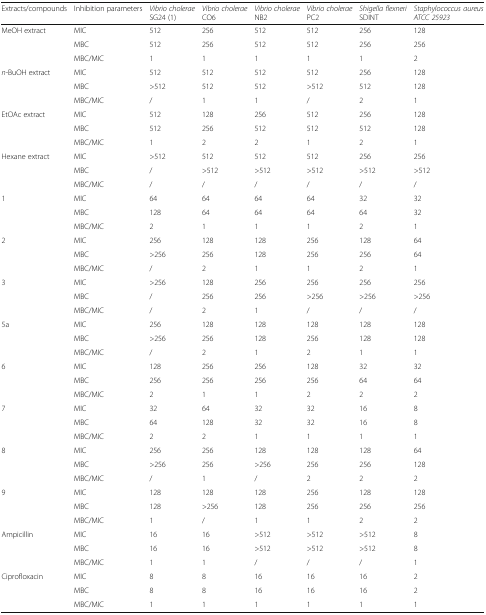
<table><thead><tr><td><b>Extracts/compounds</b></td><td><b>Inhibition parameters</b></td><td><b><i>Vibrio cholerae</i> SG24 (1)</b></td><td><b><i>Vibrio cholerae</i> CO6</b></td><td><b><i>Vibrio cholerae</i> NB2</b></td><td><b><i>Vibrio cholerae</i> PC2</b></td><td><b><i>Shigella flexneri</i> SDINT</b></td><td><b><i>Staphylococcus aureus ATCC 25923</i></b></td></tr></thead><tbody><tr><td rowspan="3">MeOH extract</td><td>MIC</td><td>512</td><td>256</td><td>512</td><td>512</td><td>256</td><td>128</td></tr><tr><td>MBC</td><td>512</td><td>256</td><td>512</td><td>512</td><td>256</td><td>256</td></tr><tr><td>MBC/MIC</td><td>1</td><td>1</td><td>1</td><td>1</td><td>1</td><td>2</td></tr><tr><td rowspan="3"><i>n</i>-BuOH extract</td><td>MIC</td><td>512</td><td>512</td><td>512</td><td>512</td><td>256</td><td>128</td></tr><tr><td>MBC</td><td>&gt;512</td><td>512</td><td>512</td><td>&gt;512</td><td>512</td><td>128</td></tr><tr><td>MBC/MIC</td><td>/</td><td>1</td><td>1</td><td>/</td><td>2</td><td>1</td></tr><tr><td rowspan="3">EtOAc extract</td><td>MIC</td><td>512</td><td>128</td><td>256</td><td>512</td><td>256</td><td>128</td></tr><tr><td>MBC</td><td>512</td><td>256</td><td>512</td><td>512</td><td>512</td><td>128</td></tr><tr><td>MBC/MIC</td><td>1</td><td>2</td><td>2</td><td>1</td><td>2</td><td>1</td></tr><tr><td rowspan="3">Hexane extract</td><td>MIC</td><td>&gt;512</td><td>512</td><td>512</td><td>512</td><td>256</td><td>256</td></tr><tr><td>MBC</td><td>/</td><td>&gt;512</td><td>&gt;512</td><td>&gt;512</td><td>&gt;512</td><td>&gt;512</td></tr><tr><td>MBC/MIC</td><td>/</td><td>/</td><td>/</td><td>/</td><td>/</td><td>/</td></tr><tr><td rowspan="3">1</td><td>MIC</td><td>64</td><td>64</td><td>64</td><td>64</td><td>32</td><td>32</td></tr><tr><td>MBC</td><td>128</td><td>64</td><td>64</td><td>64</td><td>64</td><td>32</td></tr><tr><td>MBC/MIC</td><td>2</td><td>1</td><td>1</td><td>1</td><td>2</td><td>1</td></tr><tr><td rowspan="3">2</td><td>MIC</td><td>256</td><td>128</td><td>128</td><td>256</td><td>128</td><td>64</td></tr><tr><td>MBC</td><td>&gt;256</td><td>256</td><td>128</td><td>256</td><td>256</td><td>64</td></tr><tr><td>MBC/MIC</td><td>/</td><td>2</td><td>1</td><td>1</td><td>2</td><td>1</td></tr><tr><td rowspan="3">3</td><td>MIC</td><td>&gt;256</td><td>128</td><td>256</td><td>256</td><td>256</td><td>256</td></tr><tr><td>MBC</td><td>/</td><td>256</td><td>256</td><td>&gt;256</td><td>&gt;256</td><td>&gt;256</td></tr><tr><td>MBC/MIC</td><td>/</td><td>2</td><td>1</td><td>/</td><td>/</td><td>/</td></tr><tr><td rowspan="3">5a</td><td>MIC</td><td>256</td><td>128</td><td>128</td><td>128</td><td>128</td><td>128</td></tr><tr><td>MBC</td><td>&gt;256</td><td>256</td><td>128</td><td>256</td><td>128</td><td>128</td></tr><tr><td>MBC/MIC</td><td>/</td><td>2</td><td>1</td><td>2</td><td>1</td><td>1</td></tr><tr><td rowspan="3">6</td><td>MIC</td><td>128</td><td>256</td><td>256</td><td>128</td><td>32</td><td>32</td></tr><tr><td>MBC</td><td>256</td><td>256</td><td>256</td><td>256</td><td>64</td><td>64</td></tr><tr><td>MBC/MIC</td><td>2</td><td>1</td><td>1</td><td>2</td><td>2</td><td>2</td></tr><tr><td rowspan="3">7</td><td>MIC</td><td>32</td><td>64</td><td>32</td><td>32</td><td>16</td><td>8</td></tr><tr><td>MBC</td><td>64</td><td>128</td><td>32</td><td>32</td><td>16</td><td>8</td></tr><tr><td>MBC/MIC</td><td>2</td><td>2</td><td>1</td><td>1</td><td>1</td><td>1</td></tr><tr><td rowspan="3">8</td><td>MIC</td><td>256</td><td>256</td><td>128</td><td>128</td><td>128</td><td>64</td></tr><tr><td>MBC</td><td>&gt;256</td><td>256</td><td>&gt;256</td><td>256</td><td>256</td><td>128</td></tr><tr><td>MBC/MIC</td><td>/</td><td>1</td><td>/</td><td>2</td><td>2</td><td>2</td></tr><tr><td rowspan="3">9</td><td>MIC</td><td>128</td><td>128</td><td>128</td><td>256</td><td>128</td><td>128</td></tr><tr><td>MBC</td><td>128</td><td>&gt;256</td><td>128</td><td>256</td><td>256</td><td>256</td></tr><tr><td>MBC/MIC</td><td>1</td><td>/</td><td>1</td><td>1</td><td>2</td><td>2</td></tr><tr><td rowspan="3">Ampicillin</td><td>MIC</td><td>16</td><td>16</td><td>&gt;512</td><td>&gt;512</td><td>&gt;512</td><td>8</td></tr><tr><td>MBC</td><td>16</td><td>16</td><td>&gt;512</td><td>&gt;512</td><td>&gt;512</td><td>8</td></tr><tr><td>MBC/MIC</td><td>1</td><td>1</td><td>/</td><td>/</td><td>/</td><td>1</td></tr><tr><td rowspan="3">Ciprofloxacin</td><td>MIC</td><td>8</td><td>8</td><td>16</td><td>16</td><td>16</td><td>2</td></tr><tr><td>MBC</td><td>8</td><td>8</td><td>16</td><td>16</td><td>16</td><td>2</td></tr><tr><td>MBC/MIC</td><td>1</td><td>1</td><td>1</td><td>1</td><td>1</td><td>1</td></tr></tbody></table>